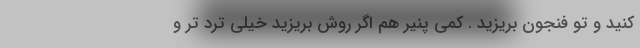
کنید و تو فنجون بریزید . کمی پنیر هم اگر روش بریزید خیلی ترد تر و